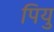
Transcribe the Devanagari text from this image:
पियु